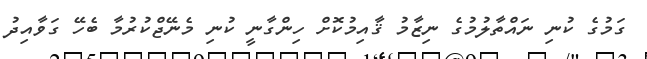
ގަމުގެ ކުނި ނައްތާލުމުގެ ނިޒާމު ޤާއިމުކޮށް ހިންގާނީ ކުނި މެނޭޖްކުރުމާ ބެހޭ ގަވާއިދު